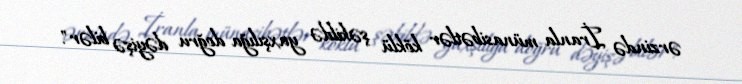
ərzində İranla münasibətlər köklü şəkildə yaxşılığa doğru dəyişə bilər".